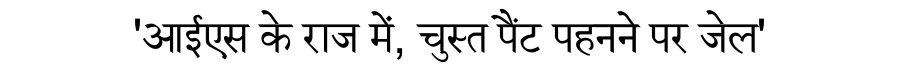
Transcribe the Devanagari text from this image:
'आईएस के राज में, चुस्त पैंट पहनने पर जेल'